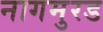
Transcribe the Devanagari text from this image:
नागमुरड